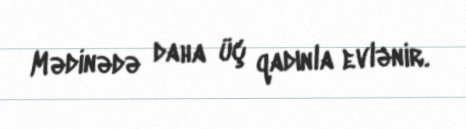
Mədinədə daha üç qadınla evlənir.